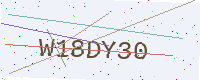
Text: W18DY30